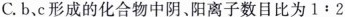
C.b、c形成的化合物中阴、阳离子数目比为$$1:2$$